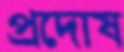
প্রদোষ